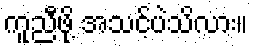
ကူညီဖို့ အသင့်ပဲသိလား။